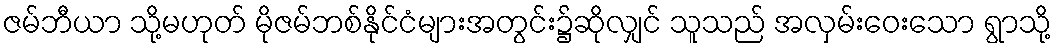
ဇမ်ဘီယာ သို့မဟုတ် မိုဇမ်ဘစ်နိုင်ငံများအတွင်း၌ဆိုလျှင် သူသည် အလှမ်းဝေးသော ရွာသို့